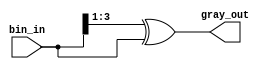
module bin2gray
#(
    parameter WIDTH = 4
)
(
    input wire [WIDTH-1:0] bin_in,
    output wire [WIDTH-1:0] gray_out
);

// genvar i;
// generate
//     for (i=0; i<(WIDTH-1); i=i+1) begin
//         assign gray_out[i] = bin_in[i] ^ bin_in[i+1];
//     end
// endgenerate

// assign gray_out[WIDTH-1] = bin_in[WIDTH-1];

assign gray_out = (bin_in >> 1) ^ bin_in;

endmodule